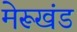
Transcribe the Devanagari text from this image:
मेरूखंड